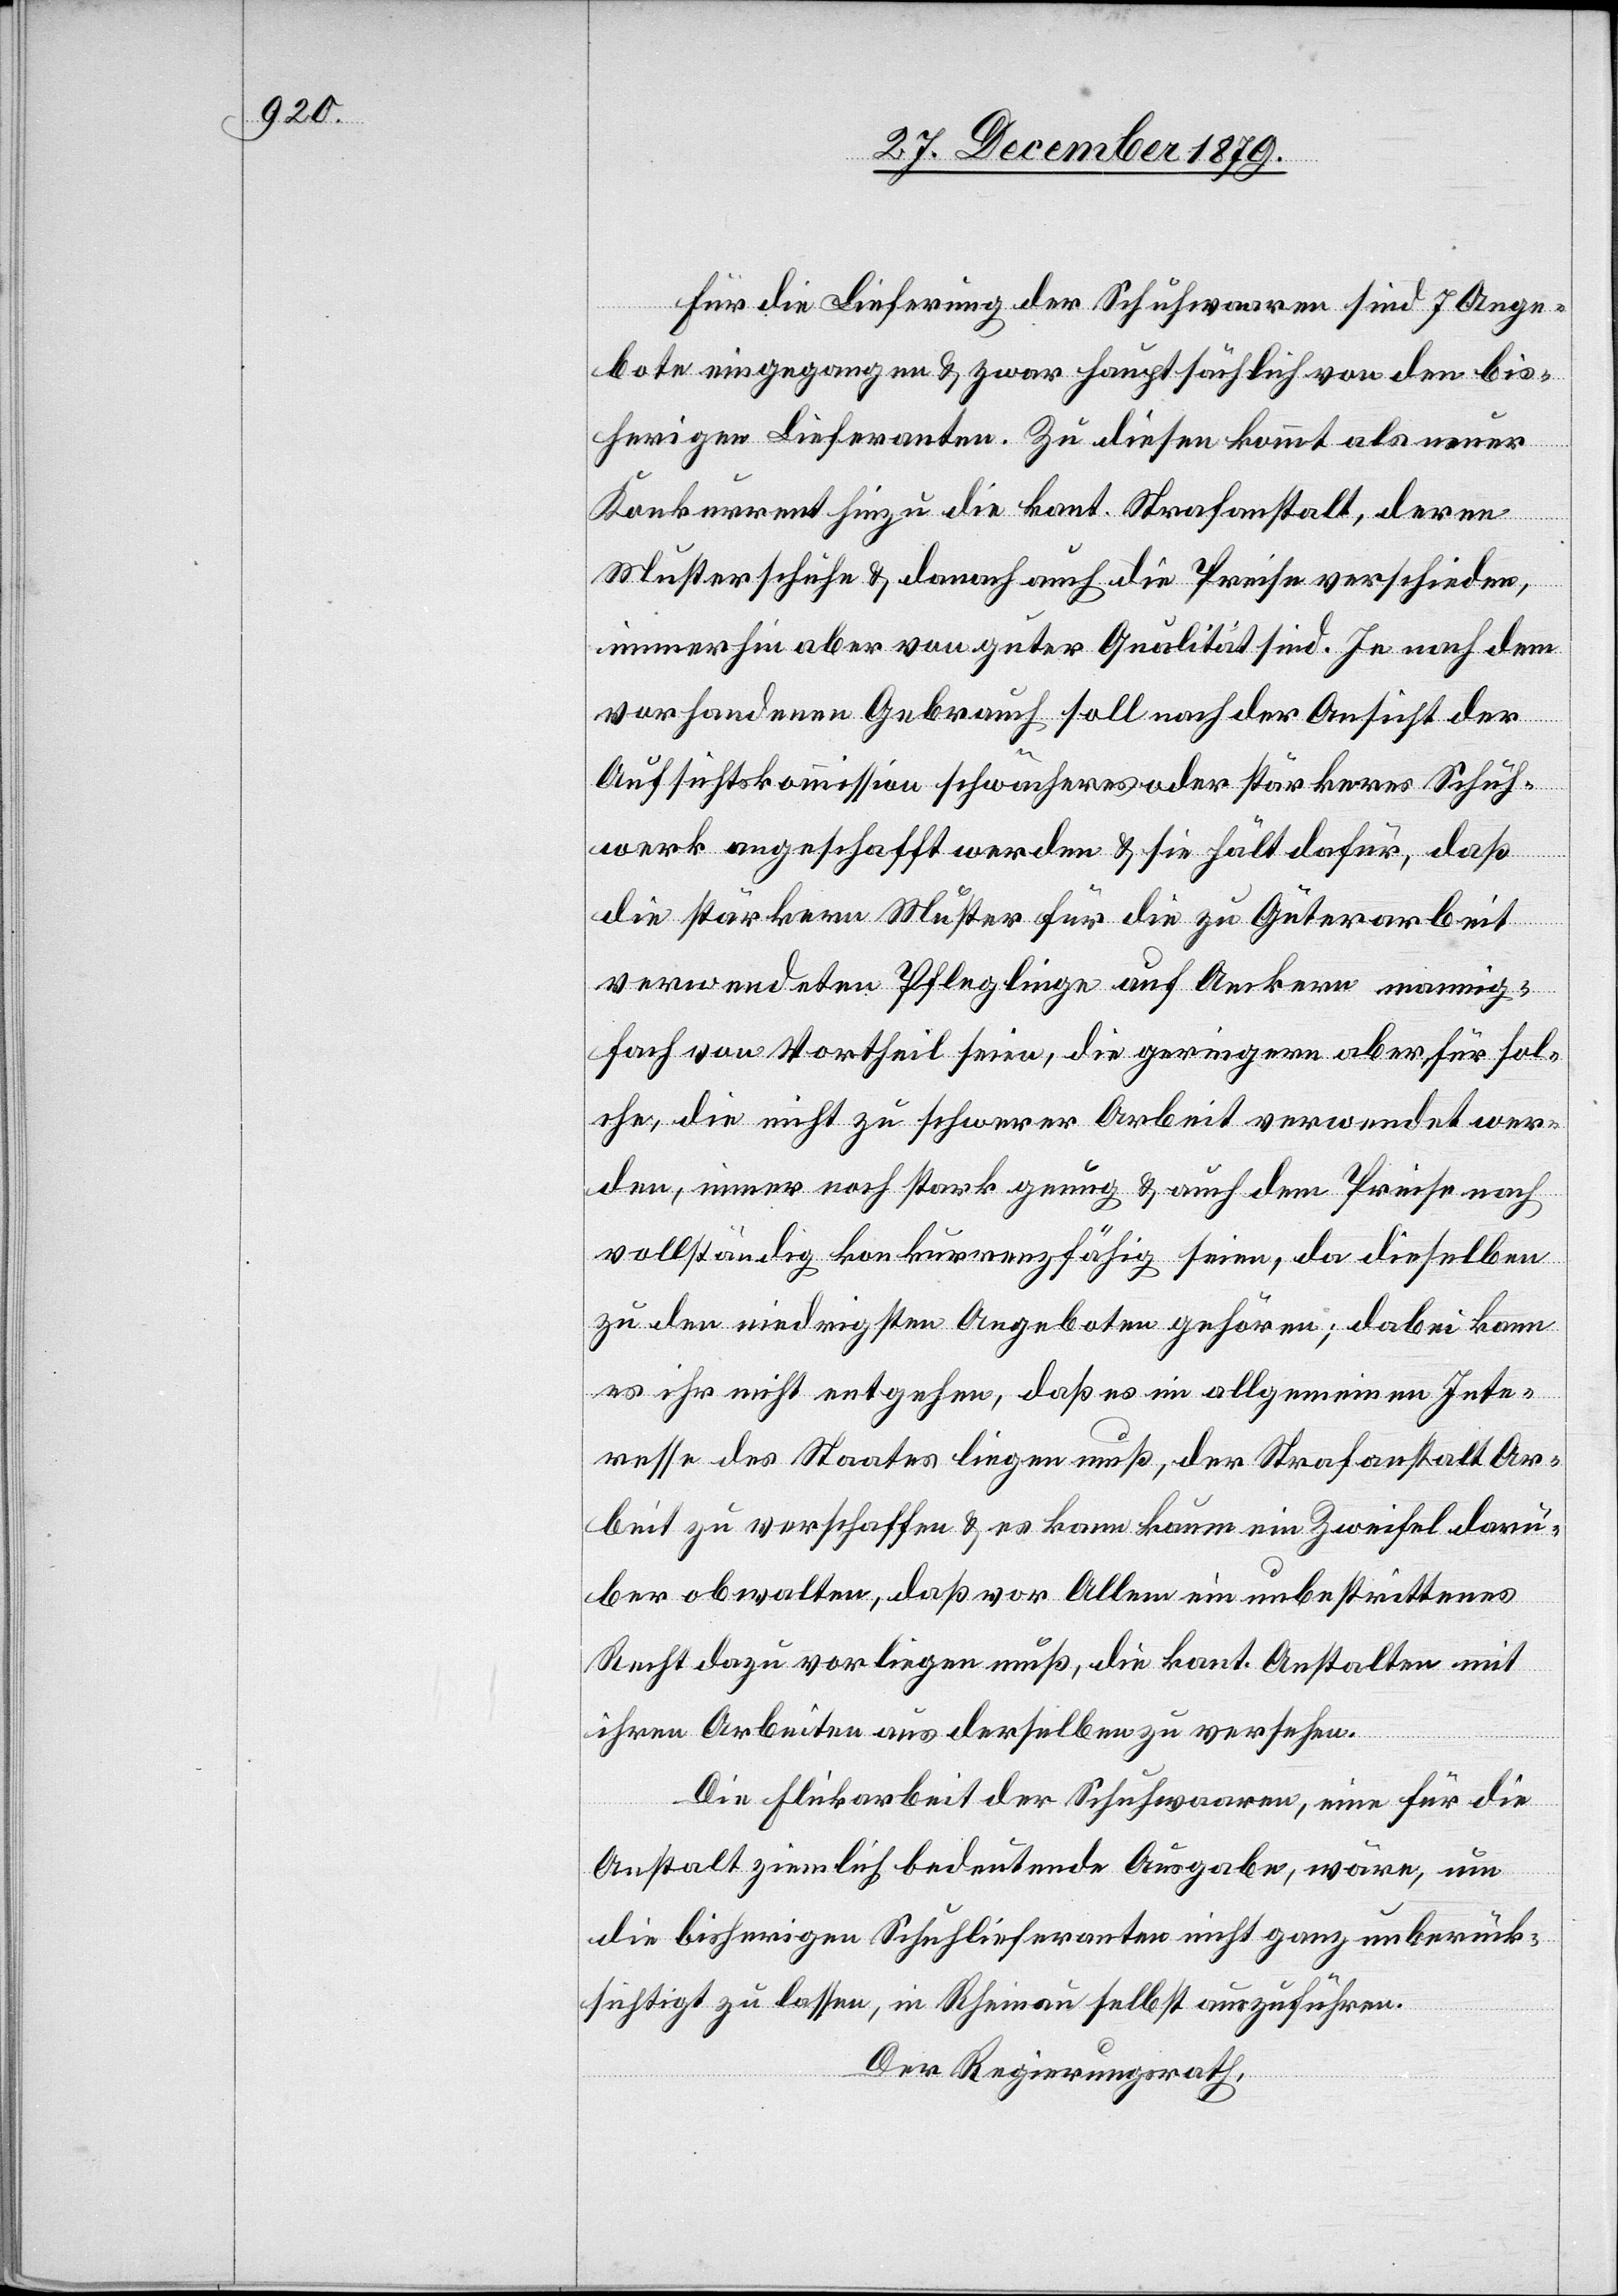
Für die Lieferung der Schuhwaaren sind 7 Ange¬
bote eingegangen & zwar hauptsächlich von den bis¬
herigen Lieferanten. Zu diesen kommt als neuer
Konkurrent hinzu die kant. Strafanstalt, deren
Musterschuhe & danach auch die Preise verschieden,
immerhin aber von guter Qualität sind. Je nach dem
vorhandenen Gebrauch soll nach der Ansicht der
Aufsichtskommission schwächeres oder stärkeres Schuh¬
werk angeschafft werden & sie hält dafür, daß
die stärkern Muster für die zu Güterarbeit
verwendeten Pfleglinge auf Aeckern mannig¬
fach von Vortheil seien, die geringern aber für sol¬
che, die nicht zu schwerer Arbeit verwendet wer¬
den, immer noch stark genug & auch dem Preise nach
vollständig konkurrenzfähig seien, da dieselben
zu den niedrigsten Angeboten gehören; dabei kann
es ihr nicht entgehen, daß es im allgemeinen Inte¬
resse des Staates liegen muß, der Strafanstalt Ar¬
beit zu verschaffen & es kann kaum ein Zweifel darü¬
ber obwalten, daß vor Allem ein unbestrittenes
Recht dazu vorliegen muß, die kant. Anstalten mit
ihren Arbeiten aus derselben zu versehen.
Die Flickarbeit der Schuhwaaren, eine für die
Anstalt ziemlich bedeutende Ausgabe, wäre, um
die bisherigen Schuhlieferanten nicht ganz unberück¬
sichtigt zu lassen, in Rheinau selbst auszuführen.
Der Regierungsrath,